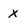
Character: x